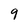
Character: 9